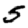
Digit: 5